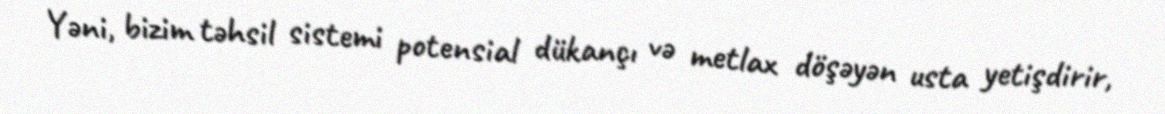
Yəni, bizim təhsil sistemi potensial dükançı və metlax döşəyən usta yetişdirir,